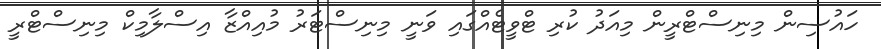
ހައުސިން މިނިސްޓްރީން މިއަދު ކުރި ޓްވީޓެއްގައި ވަނީ މިނިސްޓަރު މުއިއްޒާ އިސްލާމިކް މިނިސްޓްރީ